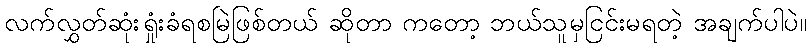
လက်လွှတ်ဆုံးရှုံးခံရစမြဲဖြစ်တယ် ဆိုတာ ကတော့ ဘယ်သူမှငြင်းမရတဲ့ အချက်ပါပဲ။